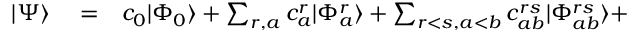
\begin{array} { r l r } { | \Psi \rangle } & { { } = } & { c _ { 0 } | \Phi _ { 0 } \rangle + \sum _ { r , a } c _ { a } ^ { r } | \Phi _ { a } ^ { r } \rangle + \sum _ { r < s , a < b } c _ { a b } ^ { r s } | \Phi _ { a b } ^ { r s } \rangle + } \end{array}